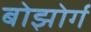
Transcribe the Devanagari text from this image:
बोझोर्ग